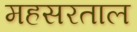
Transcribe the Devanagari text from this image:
महसरताल